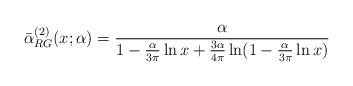
LaTeX: \begin{align*}\bar\alpha^{(2)}_{RG}(x;\alpha)= \frac{\alpha}{1-\frac{\alpha}{3\pi}\ln x+\frac{3\alpha}{4\pi}\ln(1-\frac{\alpha}{3\pi}\ln x)}\end{align*}